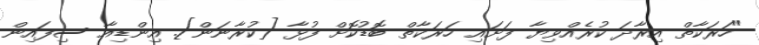
"ހަރަކާތް އިރާދަ ކުރެއްވިޔާ ފަށައި ހަރަކާތް ބޮޑުކޮށް ފުޅާ [ކުރާނަން]. އިންޑިއާ ސިފައިން